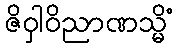
ဇိဝှါဝိညာဏသ္မိံ